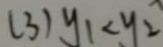
( 3 ) y _ { 1 } < y _ { 2 }